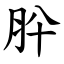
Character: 肸